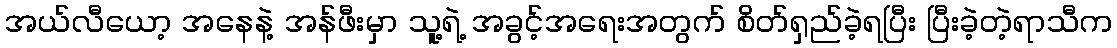
အယ်လီယော့ အနေနဲ့ အန်ဖီးမှာ သူ့ရဲ့ အခွင့်အရေးအတွက် စိတ်ရှည်ခဲ့ရပြီး ပြီးခဲ့တဲ့ရာသီက